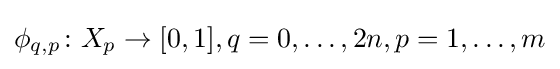
\phi _{q,p}\colon X_{p}\rightarrow [0,1],q=0,\ldots ,2n,p=1,\ldots ,m